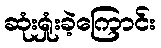
ဆုံးရှုံးခဲ့ကြောင်း